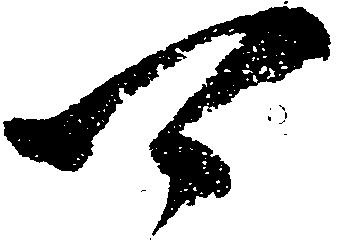
可